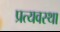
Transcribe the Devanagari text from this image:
प्रत्यवस्था